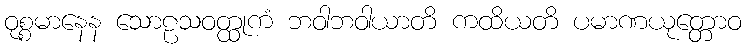
ဝုစ္စမာနေန သောဠသဝတ္ထုကံ ဘဝါဘဝါယာတိ ကထိယတိ ပမာဏယုတ္တောဝ